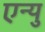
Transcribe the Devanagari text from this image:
एन्यु